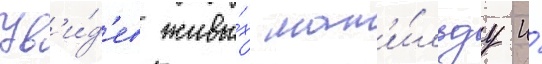
Ув'и́д'ев живы́х мат'и́льду и́